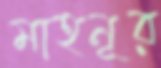
মাহনূর